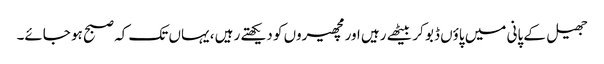
جھیل کے پانی میں پاؤں ڈبو کر بیٹھے رہیں اور مچھیروں کو دیکھتے رہیں ، یہاں تک کہ صبح ہو جائے۔